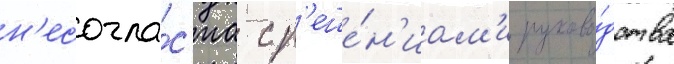
н'есогла́с'иа с р'еше́н'иам'и руково́дства